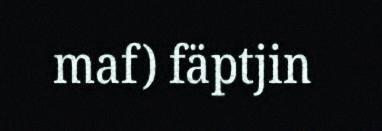
maf) fäptjin